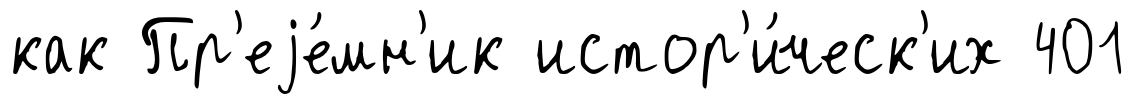
как Пр'еjе́мн'ик истор'и́ческ'их 401